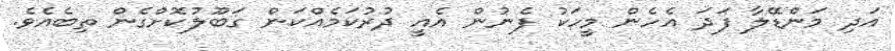
އަދި މަންޑޭލާ ފަދަ އެހެން މީހަކު ފެނުން އެއީ ދުރުކަމެއްކަން ގަބޫލުކޮށްގެން ތިބެއެވެ.